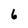
Character: 6